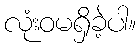
လုံးဝမရှိခဲ့ပါ။